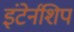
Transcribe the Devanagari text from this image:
इंटेर्नशिप